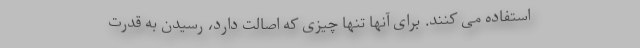
استفاده می کنند. برای آنها تنها چیزی که اصالت دارد، رسیدن به قدرت